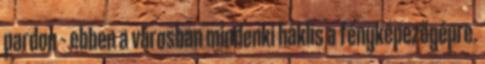
pardon – ebben a városban mindenki háklis a fényképezőgépre.